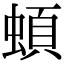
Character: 蝢